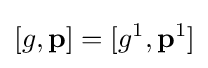
[g,\mathbf {p} ]=[g^{1},\mathbf {p} ^{1}]